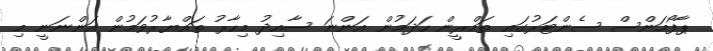
ޕާފޯމަންސް ސެންޓަރުގައި ތަމްރީން ހަދަމުން އަންނަ ސާއިދު މިހާރު ތައްޔާރުވަމުން އަންނަނީ މި